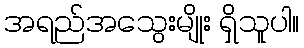
အရည်အသွေးမျိုး ရှိသူပါ။